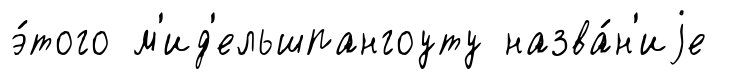
э́того м'ид'ельшпангоуту назва́н'иjе